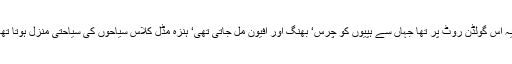
کیونکہ یہ اس گولڈن روٹ پر تھا جہاں سے ہپیوں کو چرس‘ بھنگ اور افیون مل جاتی تھی‘ ہنزہ مڈل کلاس سیاحوں کی سیاحتی منزل ہوتا تھا‘ کیوں؟